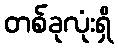
တစ်ခုလုံးရှိ